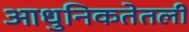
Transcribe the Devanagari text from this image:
आधुनिकतेतली